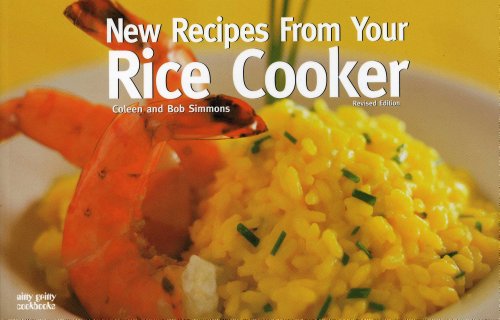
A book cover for New Recipes from Your Rice Cooker (Nitty Gritty Cookbooks); Coleen Simmons; Cookbooks, Food & Wine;